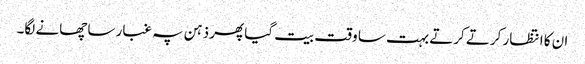
ان کا انتظار کرتے کرتے بہت سا وقت بیت گیا پھر ذہن پہ غبار سا چھانے لگا۔